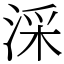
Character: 𣶶